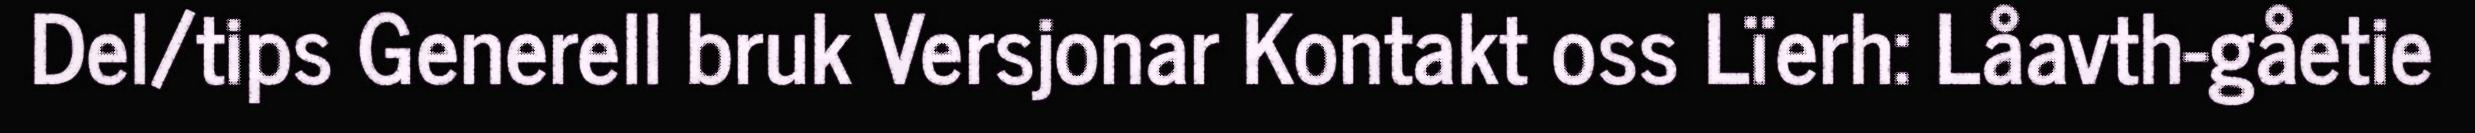
Del/tips Generell bruk Versjonar Kontakt oss Lïerh: Låavth-gåetie